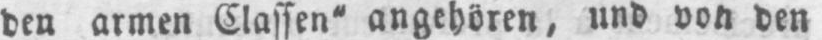
den armen Classen“ angehören, und von den